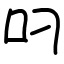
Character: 叼